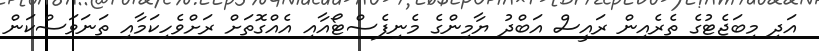
އަދި މިބަޖެޓުގެ ތެރެއިން ރައީސް އަބްދު ޔާމިންގެ މެނިފެސްޓޯއާއި އެއްގޮތަށް ރަށްވެހިކަމާއި ތަނަވަސްކަން